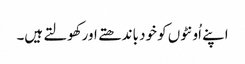
اپنے اُونٹوں کو خود باندھتے اورکھولتے ہیں۔